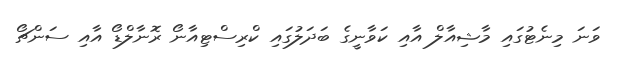
ވަނަ މިނެޓުގައި މާޝިއާލް އާއި ކަވާނީގެ ބަދަލުގައި ކްރިސްޓިއާނޯ ރޮނާލްޑޯ އާއި ސަންޗޯ